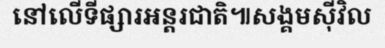
នៅលើទីផ្សារអន្តរជាតិ៕សង្គមស៊ីវិល